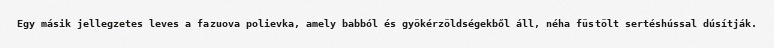
Egy másik jellegzetes leves a fazuova polievka, amely babból és gyökérzöldségekből áll, néha füstölt sertéshússal dúsítják.